Report of the Municipal Commissioner on the plague in Bombay for the year ending 31st May... - Volume 2
Disease focus: Plague
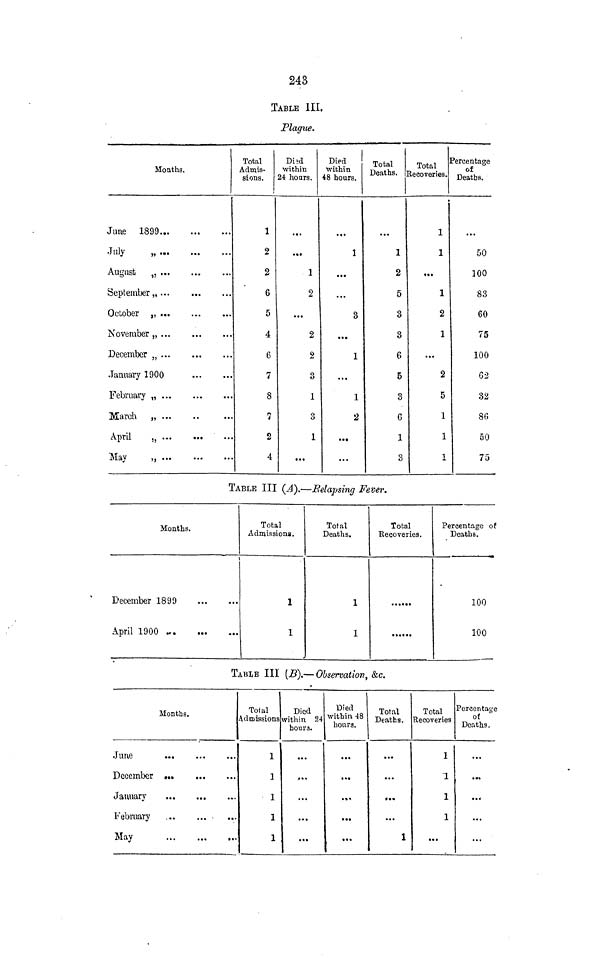
243
TABLE III,
Plague.
Months.
June 1899
July
„
August
„
September,,
October „
November „
December „
January 1900
February „
March
„
April
„
May
„
Total
Admis-
sions.
i
1
2
2
6
5
4
6
7
8
7
2
4
Dl2d
within
24 hours.
!
• ••
1
2
...
2
2
3
1
3
1
...
Died
within
48 hoars.
1
...
...
3
...
1
...
1
"2
...
...
Total
Deaths. ]
1
2
5
3
3
6
5
3
6
1
3
Total ]
Jeeoveries.
1
1
«••
1
2
1
...
2
5
1
1
i
Percentage
of
Deaths.
50
300
83
60
75
100
62
32
8(5
50
75
TABLE III (A).~-Eelapsing Fever.
Months.
December 1899
April 1900
Total
Admissions.
1
1
Total
Deaths.
1
1
Total
Recoveries.
Percentage of
Deaths.
100
100
TABLE III (B).~ Observation, &c.
Months.
June
...
December •
January
...
February
May
Total
Admissions
1
1
1
1
1
Died
within 24
hours.
...
j»««
...
...
...
Died
within 48
hours.
...
...
..,
• •»
...
Total
Deaths.
...
...
••*
...
1
Total
Recoveries
Percentage
of
Deaths.
1
1
1
1
...
•••
...
...
...